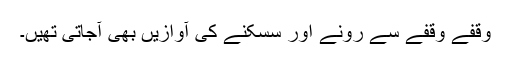
وقفے وقفے سے رونے اور سسکنے کی آوازیں بھی آجاتی تھیں۔